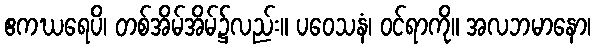
ဧကဃရေပိ၊ တစ်အိမ်အိမ်၌လည်း။ ပဝေသနံ၊ ဝင်ရာကို။ အလဘမာနော၊